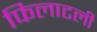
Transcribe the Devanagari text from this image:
फिलाटली